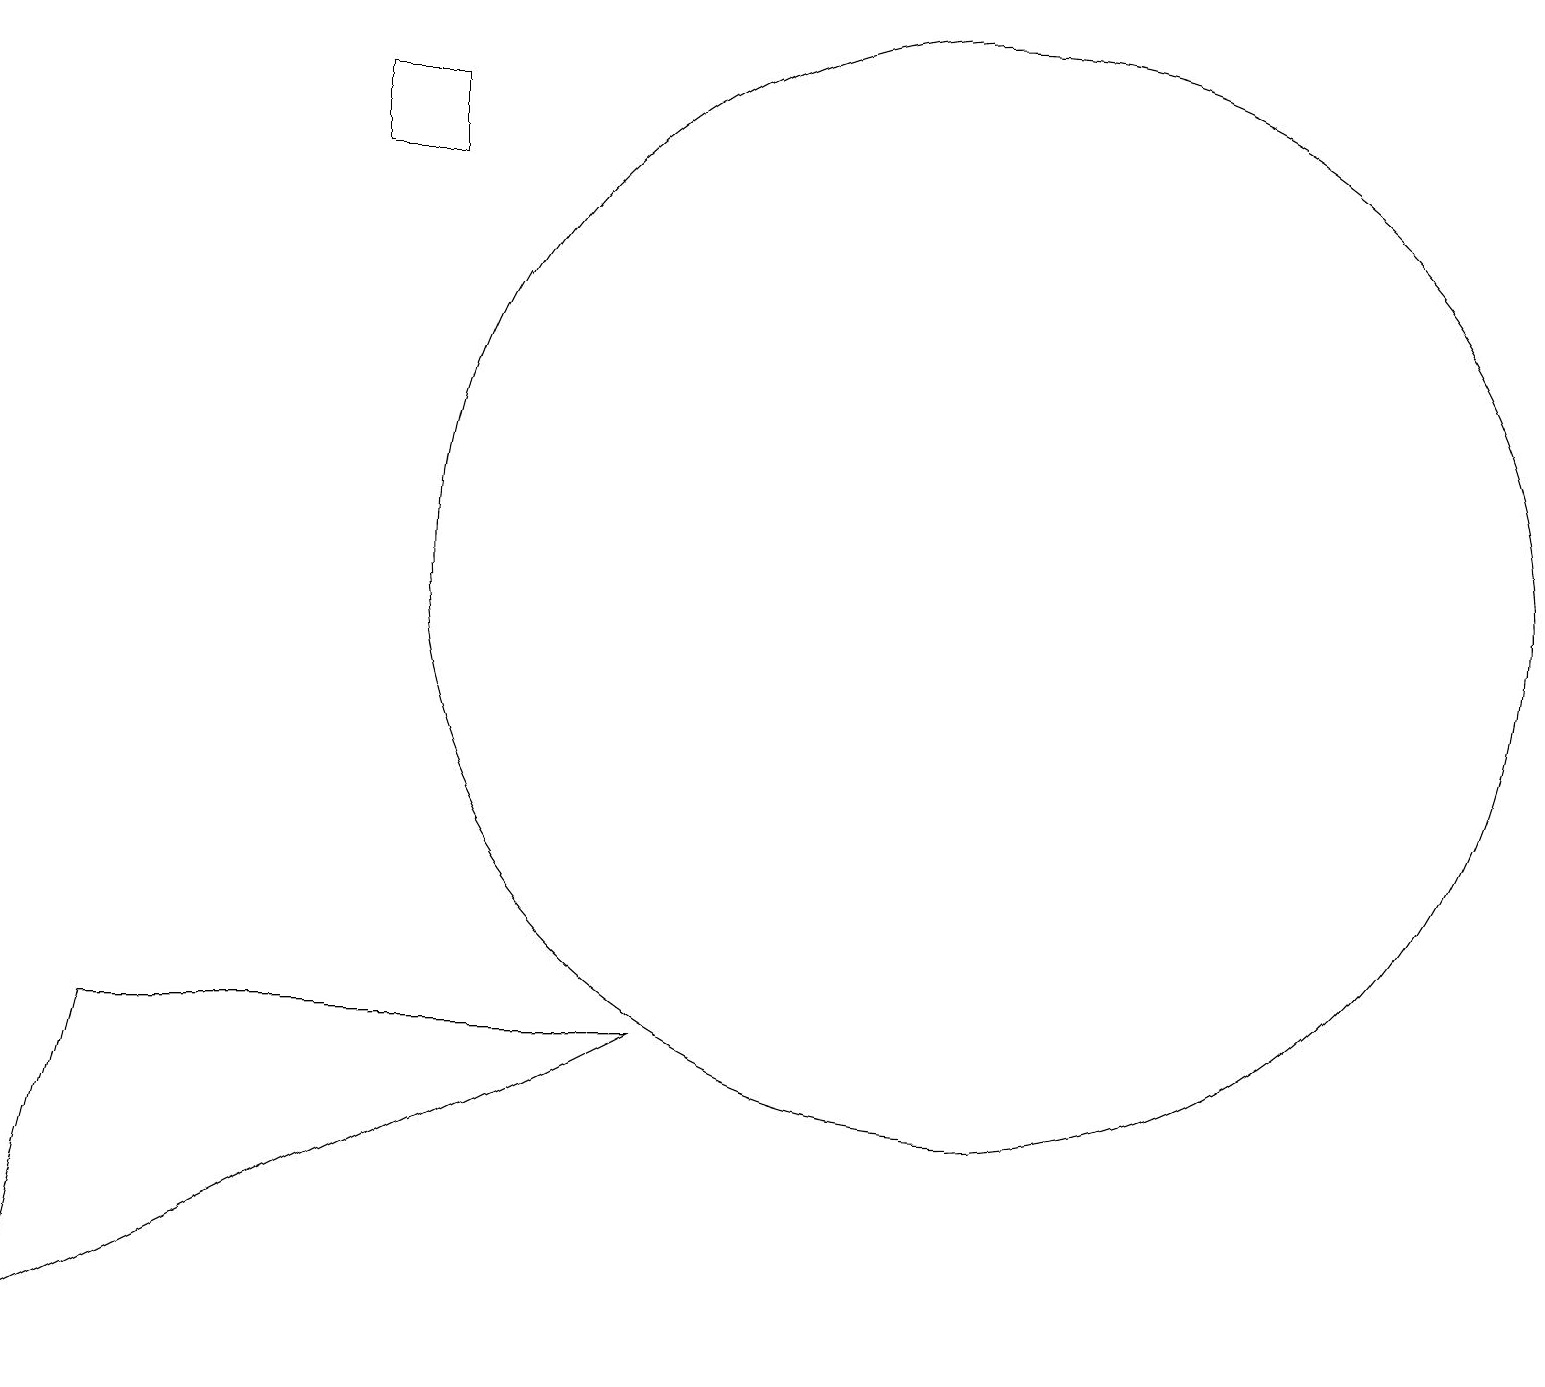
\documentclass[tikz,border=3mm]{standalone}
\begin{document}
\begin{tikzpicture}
\draw (1,5) -- (0,1) -- (8,5) -- cycle;
\draw (4,16) rectangle (5,17);
\draw (12,11) circle (7);
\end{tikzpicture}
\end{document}